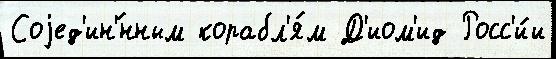
Соjед'ин'́нным корабл'я́м Д'иом'ид Росс'и́и